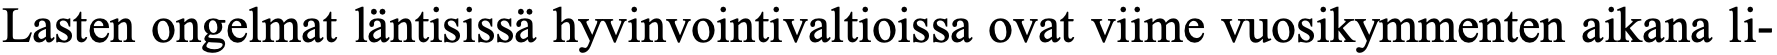
Lasten ongelmat läntisissä hyvinvointivaltioissa ovat viime vuosikymmenten aikana li-